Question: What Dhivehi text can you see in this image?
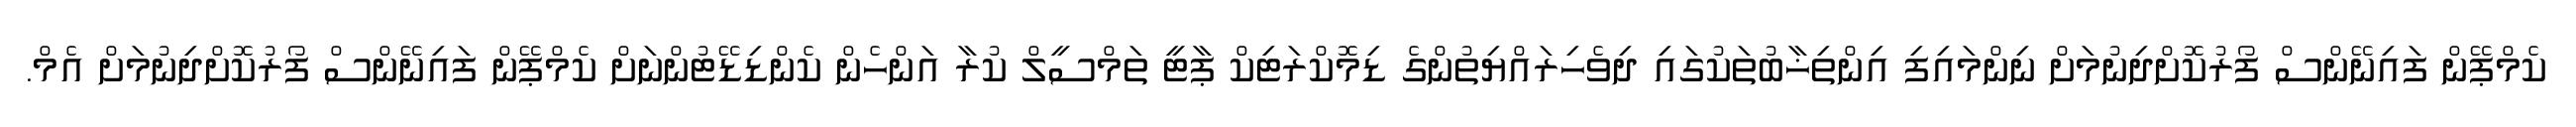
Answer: ކެމްޕޭން ފައިނޭންސް ފޯރުކޮށްދިނުމަށް ނިންމައިފި އިންތިޚާބުތަކުގައި ދިވެހިރައްޔިތުންގެ ޑިމޮކްރަޓިކް ޕާޓީ ތަމްސީލް ކުރާ އަންހެން ކެންޑިޑޭޓުންނަށް ކެމްޕޭން ފައިނޭންސް ފޯރުކޮށްދިނުމަށް އެމް.